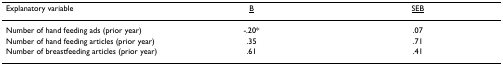
| Explanatory variable | <underline>B</underline> | <underline>SE</underline><underline>B</underline> |
 | --- | --- | --- |
 | Number of hand feeding ads (prior year) | -.20* | .07 |
 | Number of hand feeding articles (prior year) | .35 | .71 |
 | Number of breastfeeding articles (prior year) | .61 | .41 |